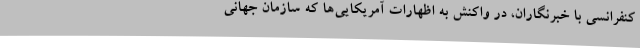
کنفرانسی با خبرنگاران، در واکنش به اظهارات آمریکایی‌ها که سازمان جهانی